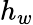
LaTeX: h_{w}